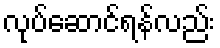
လုပ်ဆောင်ရန်လည်း